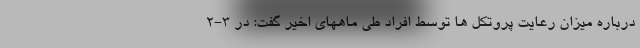
درباره میزان رعایت پروتکل ها توسط افراد طی ماههای اخیر گفت: در ۳-۲